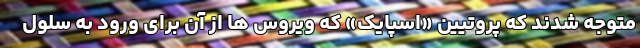
متوجه شدند که پروتیین «اسپایک» که ویروس ها از آن برای ورود به سلول